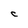
Character: C